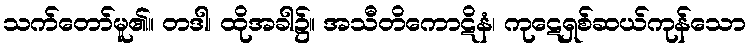
သက်တော်မူ၏။ တဒါ၊ ထိုအခါ၌။ အသီတိကောဋိနံ၊ ကုဋေရှစ်ဆယ်ကုန်သော